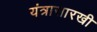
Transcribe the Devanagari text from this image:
यंत्रासारखी